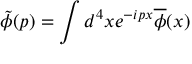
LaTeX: \tilde { \phi } ( p ) = \int d ^ { 4 } x e ^ { - i p x } \overline { { { \phi } } } ( x )